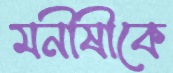
মনীষীকে